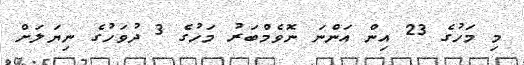
މި މަހުގެ 23 އިން އަންނަ ނޮވެމްބަރު މަހުގެ 3 ދުވަހުގެ ނިޔަލަށް